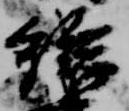
給